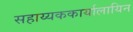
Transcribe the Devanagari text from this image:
सहाय्यककार्यालायिन